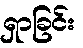
ရှာခြင်း